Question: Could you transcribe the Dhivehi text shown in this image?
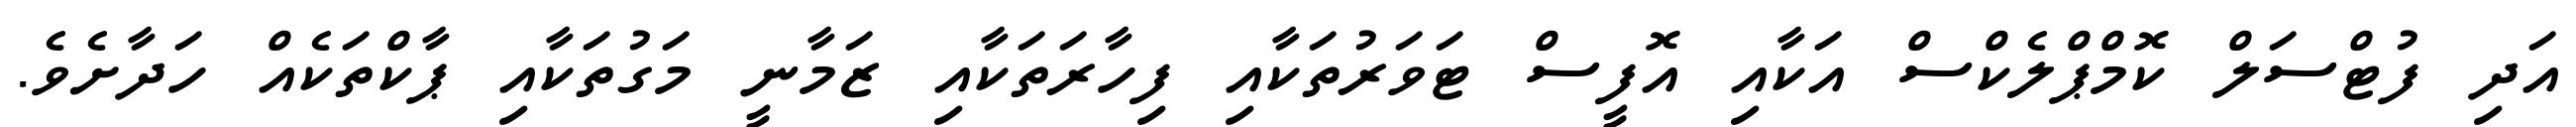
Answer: އަދި ފުޓްސަލް ކޮމްޕްލެކްސް އަކާއި އޮފީސް ޓަވަރުތަކާއި ފިހާރަތަކާއި ޒަމާނީ މަގުތަކާއި ޕާކްތަކެއް ހަދާށެވެ.